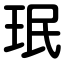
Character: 珉